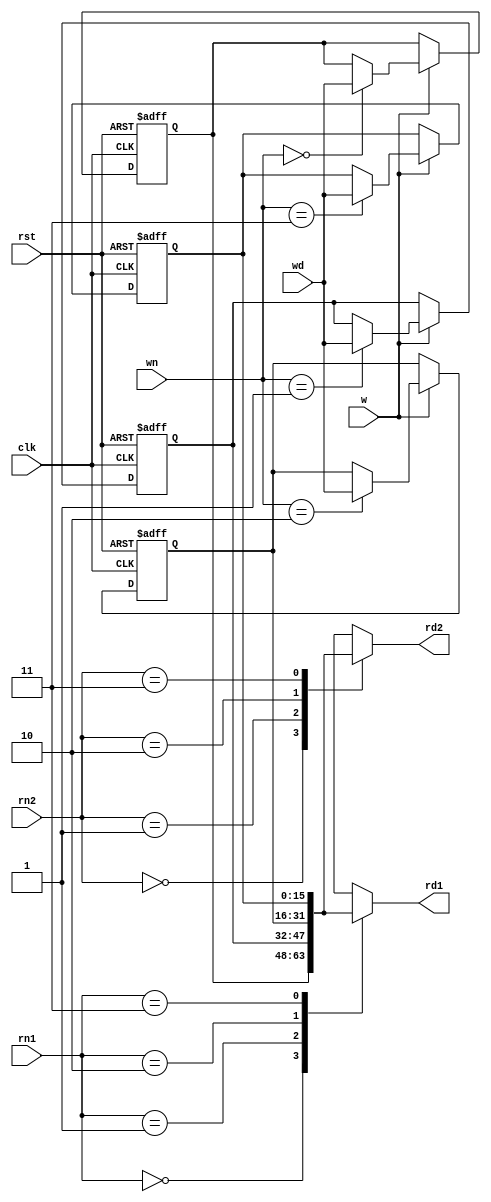
`ifndef __RF_V
`define __RF_V


module rf(rn1, rn2, wn, rst, w, wd, rd1, rd2, clk);
	input [1:0] rn1, rn2;
	input rst, w;
	input [15:0] wd;
	input [1:0] wn;
	input clk;
	output [15:0] rd1, rd2;
	reg [15:0] r[3:0];
	always @(posedge clk, posedge rst)
	begin
		if(rst) 
		begin		
			r[0] <= 0;
			r[1] <= 0;
			r[2] <= 0;
			r[3] <= 0;
		end
		else 
		begin
			if(w) r[wn] <= wd;
		end
		
	end
	assign rd1 = r[rn1];
	assign rd2 = r[rn2];
endmodule


`endif // __RF_V